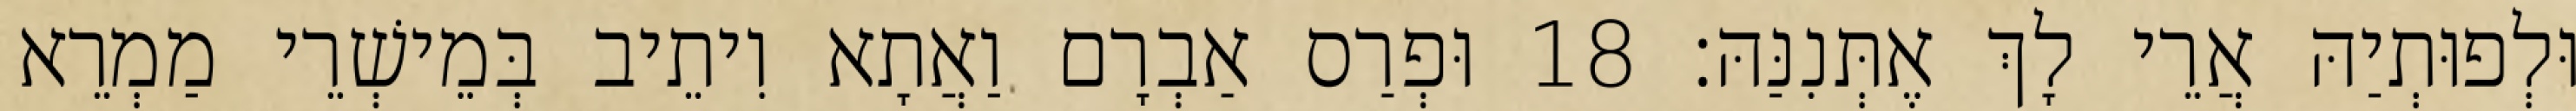
וּלְפוּתְיַהּ אֲרֵי לָךְ אֶתְּנִנַּהּ׃ 18 וּפְרַס אַבְרָם וַאֲתָא וִיתֵיב בְּמֵישְׁרֵי מַמְרֵא